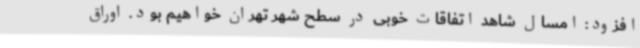
افزود: امسال شاهد اتفاقات خوبی در سطح شهر تهران خواهیم بود. اوراق